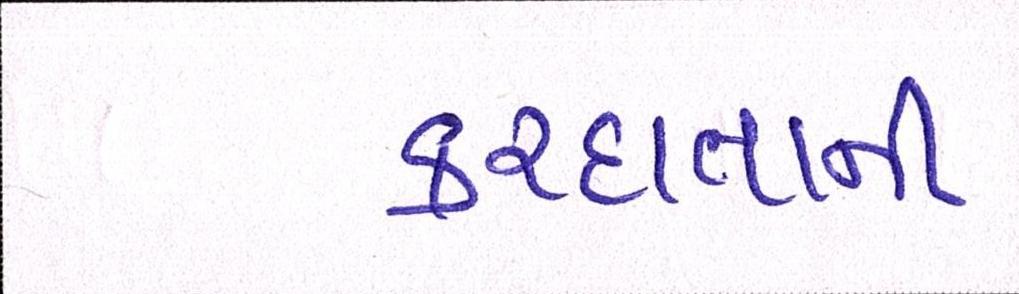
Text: કરદાતાની